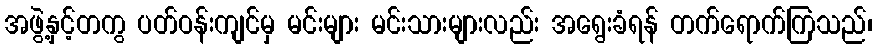
အဖွဲ့နှင့်တကွ ပတ်ဝန်းကျင်မှ မင်းများ မင်းသားများလည်း အရွေးခံရန် တက်ရောက်ကြသည်၊